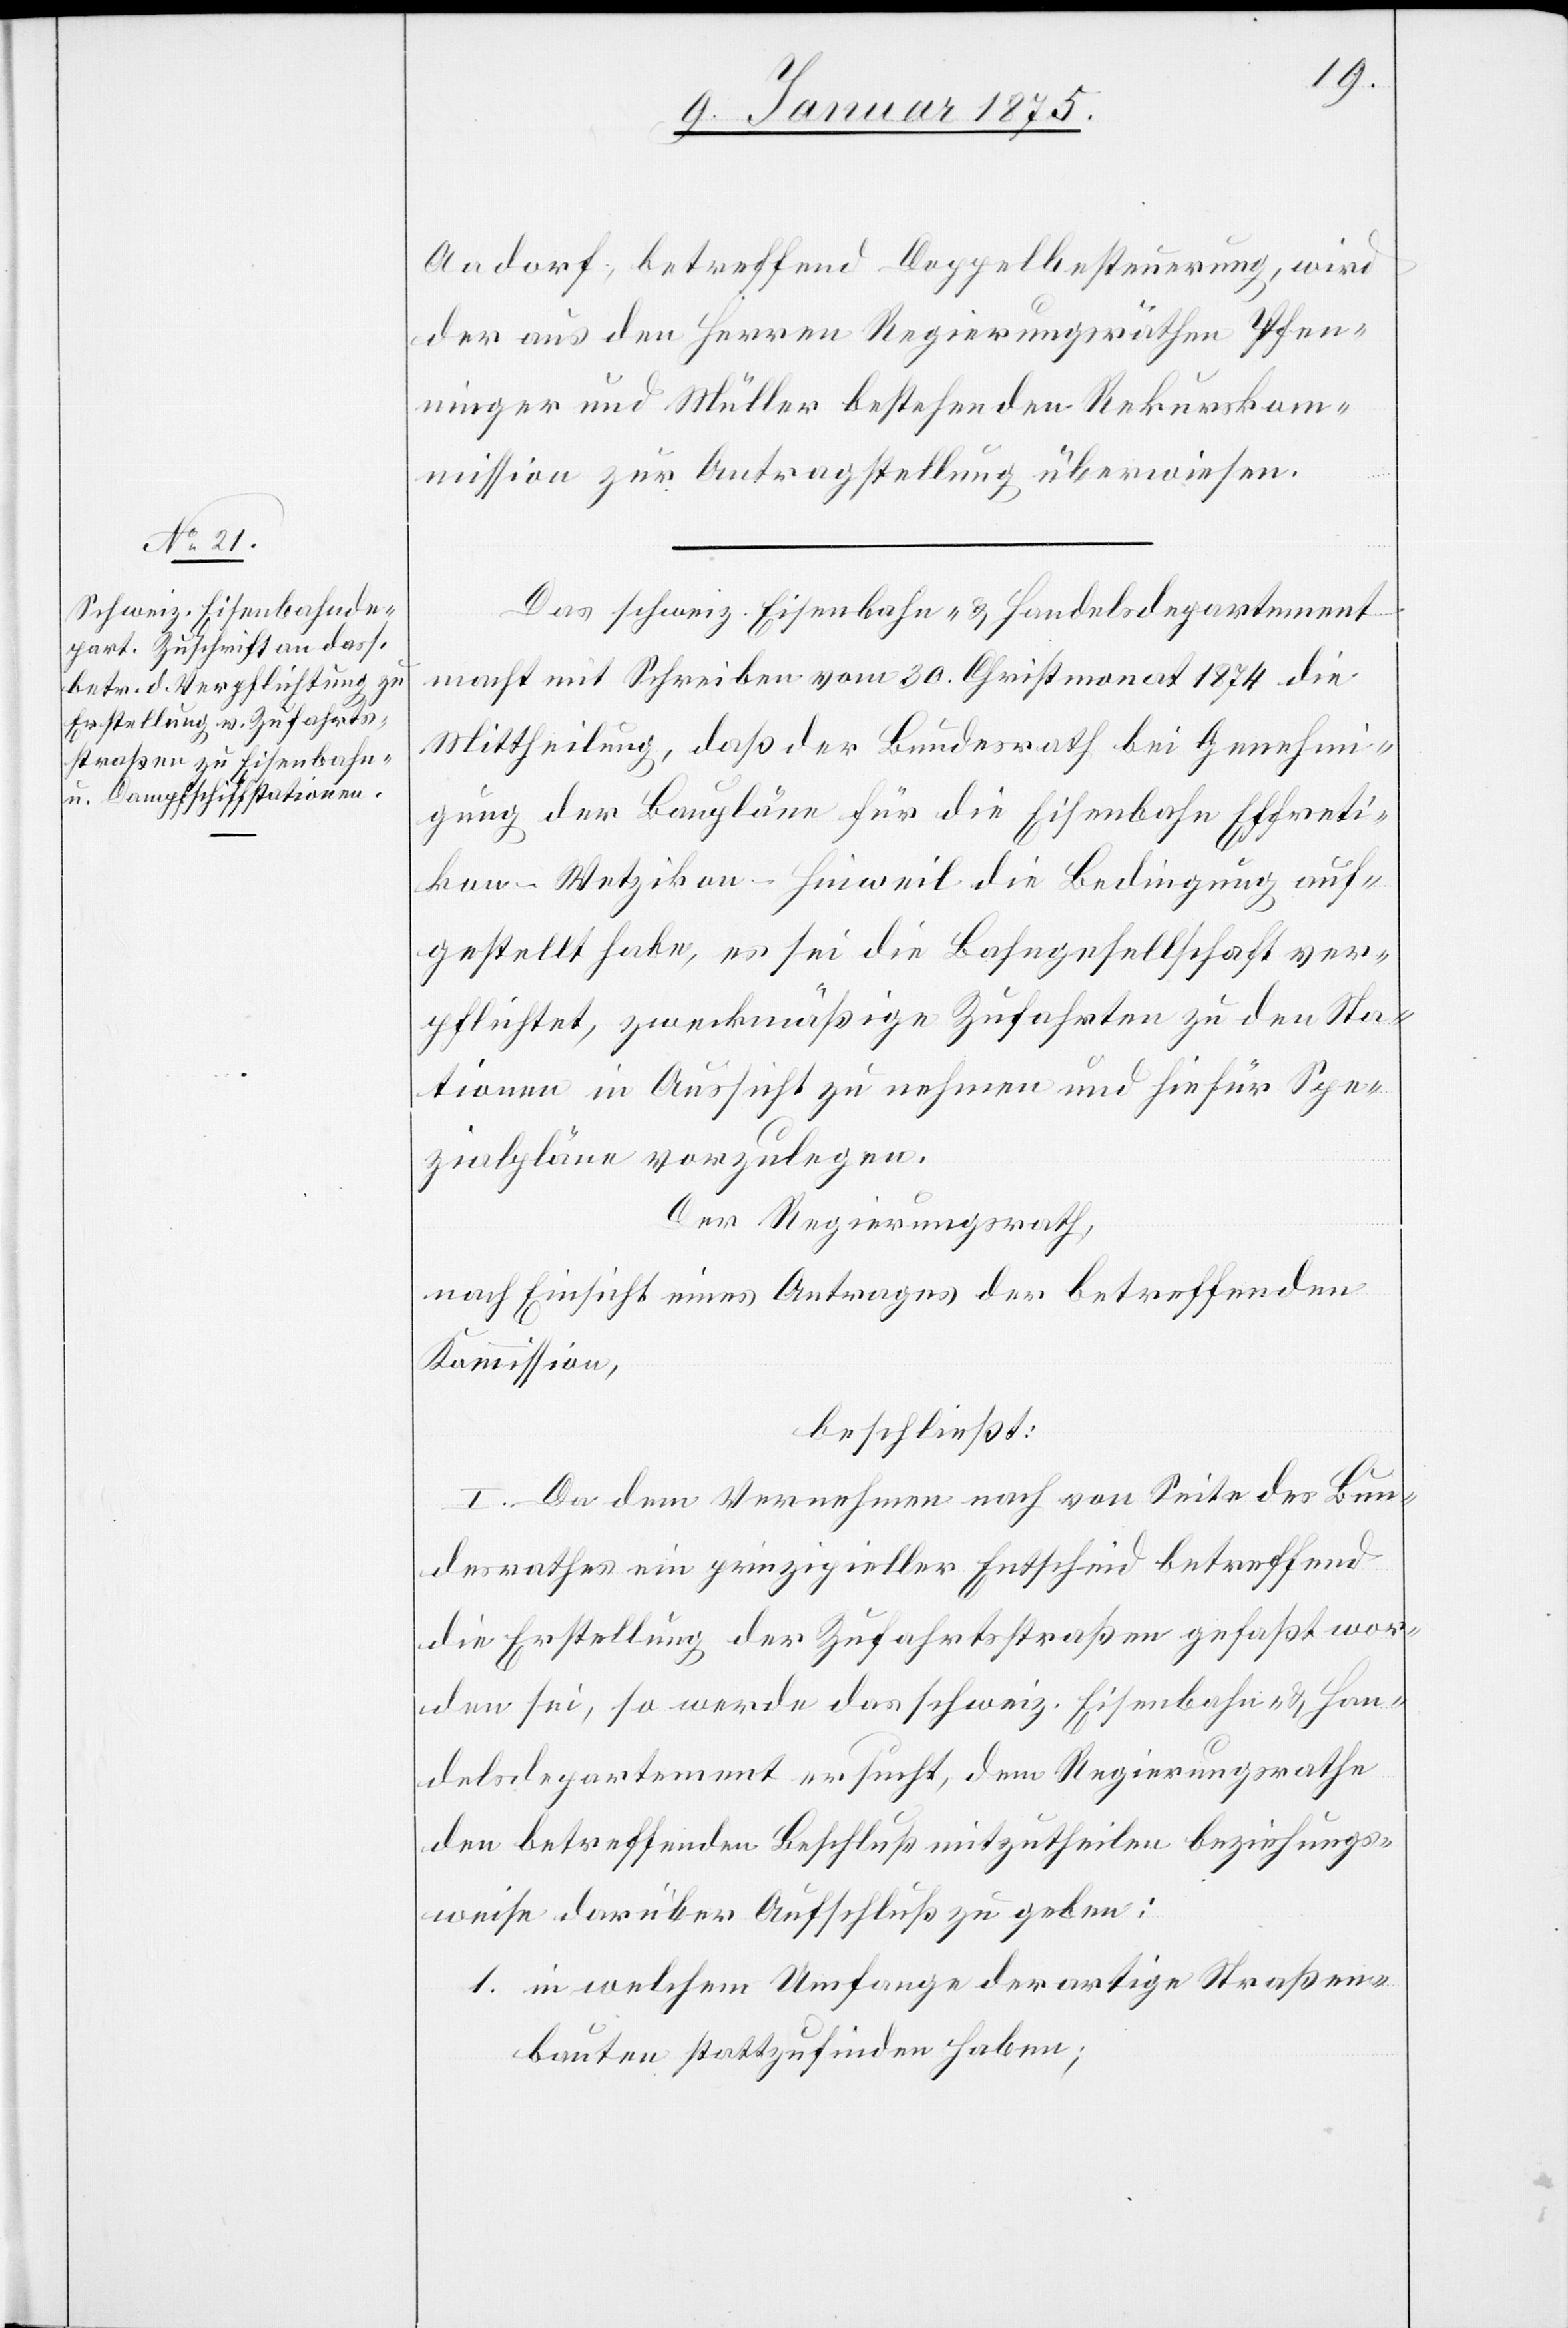
Aadorf, betreffend Doppelbesteurung, wird
der aus den Herren Regierungsräthen Pfen¬
ninger und Müller bestehenden Rekurskom¬
mission zur Antragstellung überwiesen.
Das schweiz. Eisenbahn- & Handelsdepartement
macht mit Schreiben vom 30. Christmonat 1874 die
Mittheilung, daß der Bundesrath die Genehmi¬
gung der Baupläne für die Eisenbahn Effreti¬
kon–Wetzikon–Hinweil die Bedingung auf¬
gestellt habe, es sei die Bahngesellschaft ver¬
pflichtet, zweckmäßige Zufahrten zu den Sta¬
tionen in Aussicht zu nehmen und hiefür Spe¬
zialpläne vorzulegen.
Der Regierungsrath,
nach Einsicht eines Antrages der betreffenden
Kommission,
beschließt:
I. Da dem Vernehmen nach von Seite des Bun¬
desrathes ein prinzipieller Entscheid betreffend
die Erstellung der Zufahrtsstraßen gefaßt wor¬
den sei, so werde das schweiz. Eisenbahn- & Han¬
delsdepartement ersucht, dem Regierungsrathe
den betreffenden Beschluß mitzutheilen beziehungs¬
weise darüber Aufschluß zu geben:
1. in welchem Umfange derartige Straßen¬
bauten stattzufinden haben;